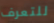
للتعرف